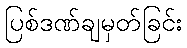
ပြစ်ဒဏ်ချမှတ်ခြင်း